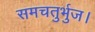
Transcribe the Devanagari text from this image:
समचतुर्भुज।